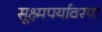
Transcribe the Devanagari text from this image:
सूक्ष्मपर्यावरण